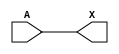
module sky130_fd_sc_hdll__dlygate4sd3_7 (
    X,
    A
);
    output X;
    input  A;
    wire buf0_out_X;
    buf buf0 (buf0_out_X, A              );
    buf buf1 (X         , buf0_out_X     );
endmodule